Scottish Leaving Certificate Examination, 1959
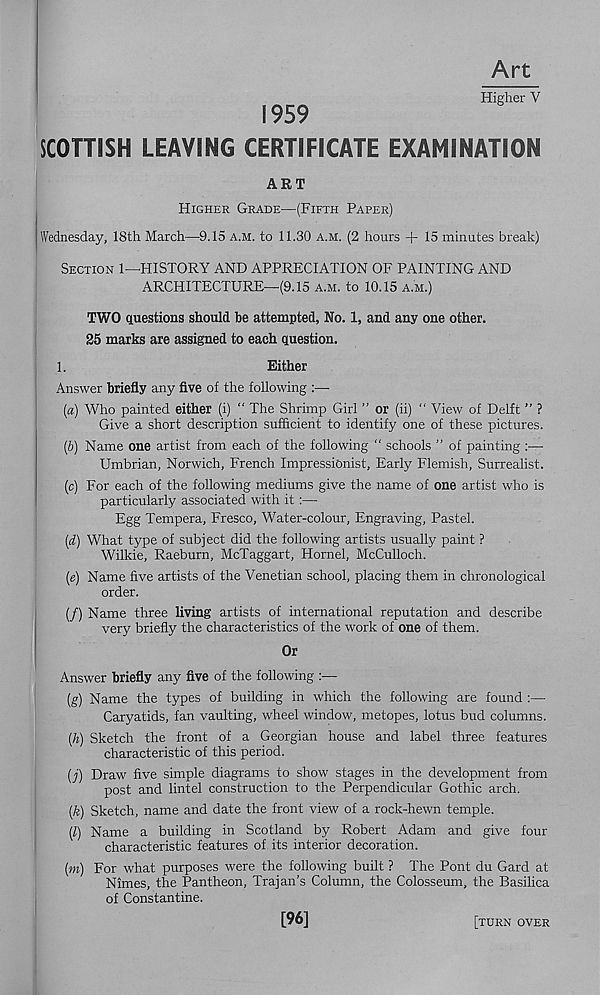
Art
Higher V
1959
SCOTTISH LEAVING CERTIFICATE EXAMINATION
ART
Higher Grade—(Fifth Paper)
Wednesday, 18th March—9.15 a.m. to 11.30 a.m. (2 hours + 15 minutes break)
Section 1—HISTORY AND APPRECIATION OF PAINTING AND
ARCHITECTURE—(9.15 A.m. to 10.15 a.m.)
TWO questions should be attempted, No. 1, and any one other.
25 marks are assigned to each question.
1.
Either
Answer briefly any five of the following :—■
(a) Who painted either (i) “ The Shrimp Girl ” or (ii) “ View of Delft ” ?
Give a short description sufficient to identify one of these pictures.
(b) Name one artist from each of the following “ schools ” of painting :—
Umbrian, Norwich, French Impressionist, Early Flemish, Surrealist.
(c) For each of the following mediums give the name of one artist who is
particularly associated with it:—
Egg Tempera, Fresco, Water-colour, Engraving, Pastel.
(d) What type of subject did the following artists usually paint ?
Wilkie, Raeburn, McTaggart, Hornel, McCulloch.
(e) Name five artists of the Venetian school, placing them in chronological
order.
(/) Name three living artists of international reputation and describe
very briefly the characteristics of the work of one of them.
Or
Answer briefly any five of the following
(g) Name the types of building in which the following are found :—
Caryatids, fan vaulting, wheel window, metopes, lotus bud columns.
(h) Sketch the front of a Georgian house and label three features
characteristic of this period.
(j) Draw five simple diagrams to show stages in the development from
post and lintel construction to the Perpendicular Gothic arch.
(k) Sketch, name and date the front view of a rock-hewn temple.
(l) Name a building in Scotland by Robert Adam and give four
characteristic features of its interior decoration.
(m) For what purposes were the following built ? The Pont du Gard at
Nimes, the Pantheon, Trajan’s Column, the Colosseum, the Basilica
of Constantine.
[96]
[turn over